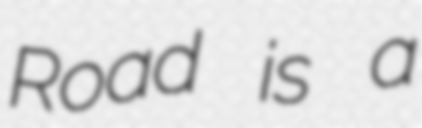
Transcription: Road is a